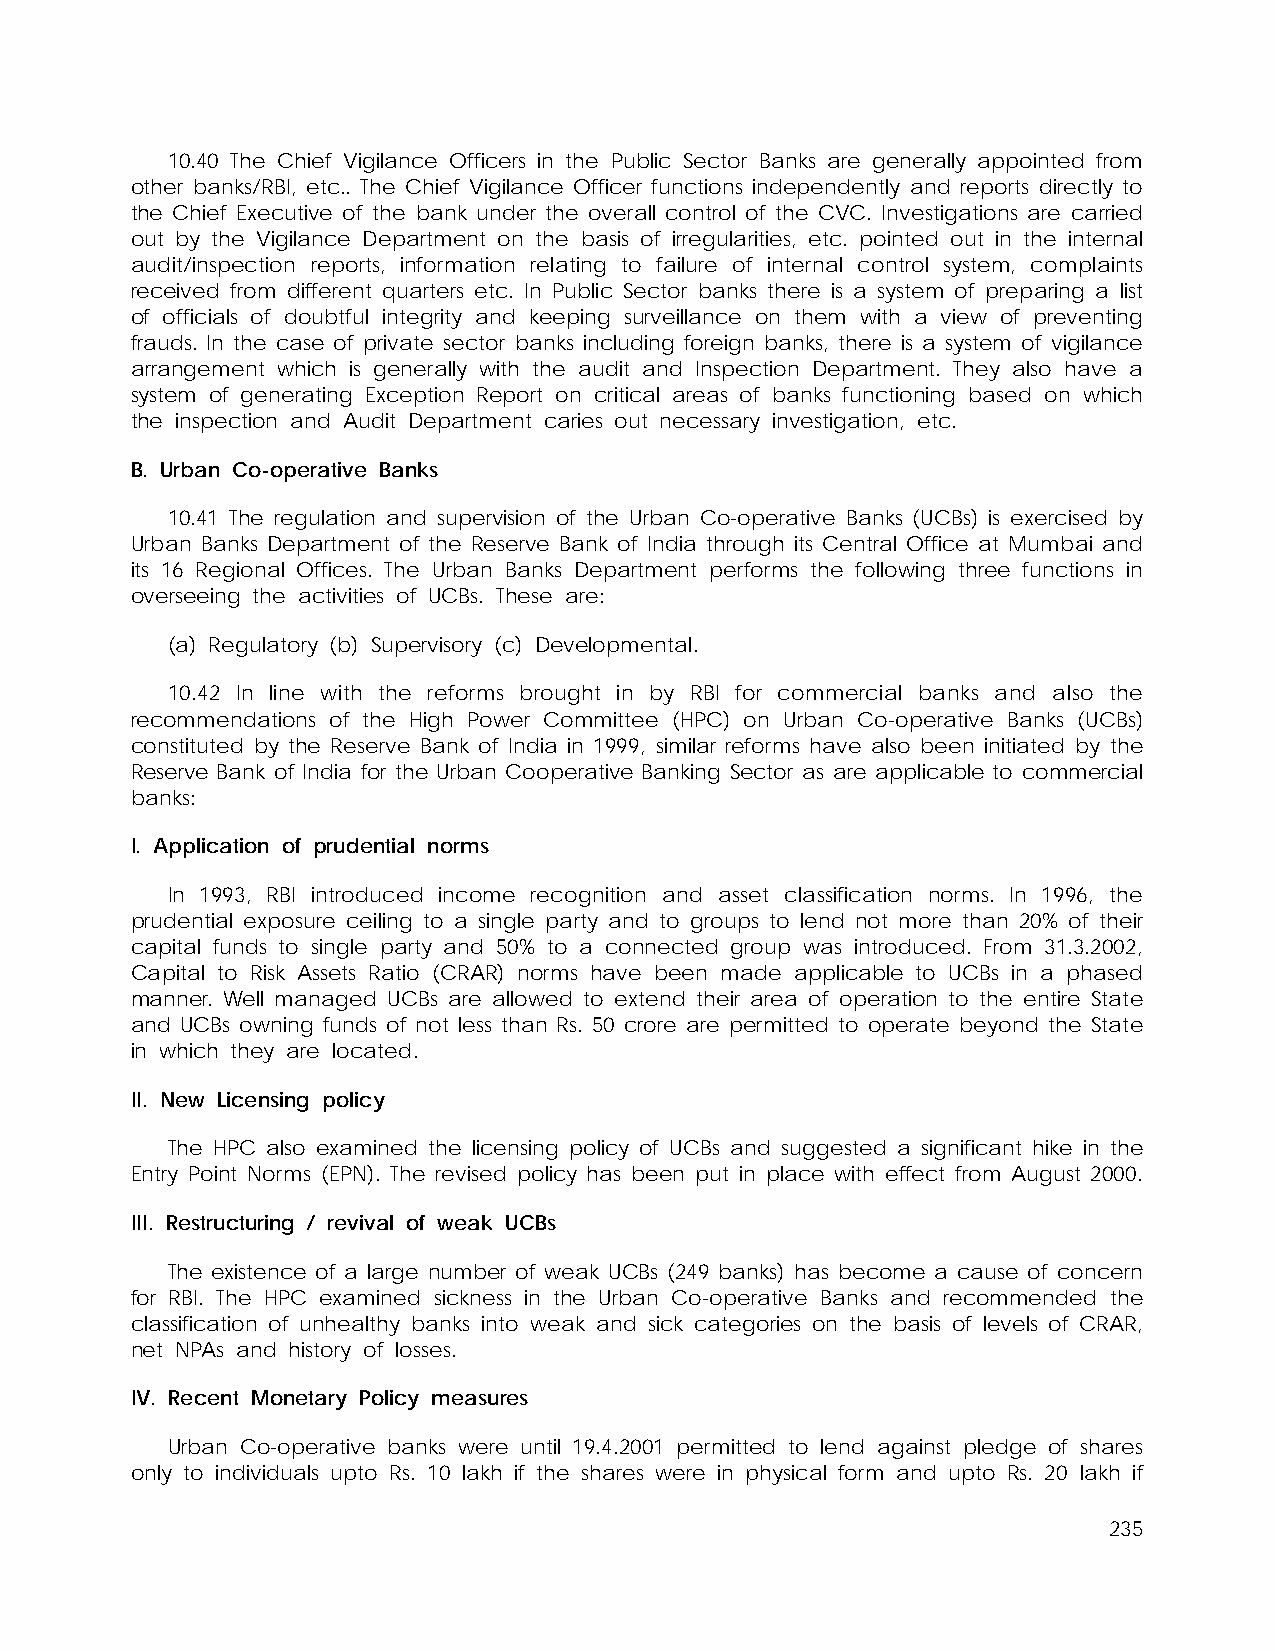
10.40 The Chief Vigilance Officers in the Public Sector Banks are generally appointed from
 other banks/RBI, etc.. The Chief Vigilance Officer functions independently and reports directly to
 the Chief Executive of the bank under the overall control of the CVC. Investigations are carried
 out by the Vigilance Department on the basis of irregularities, etc. pointed out in the internal
 audit/inspection reports, information relating to failure of internal control system, complaints
 received from different quarters etc. In Public Sector banks there is a system of preparing a list
 of officials of doubtful integrity and keeping surveillance on them with a view of preventing
 frauds. In the case of private sector banks including foreign banks, there is a system of vigilance
 arrangement which is generally with the audit and Inspection Department. They also have a
 system of generating Exception Report on critical areas of banks functioning based on which
 the inspection and Audit Department caries out necessary investigation, etc.
 B. Urban Co-operative Banks
 10.41 The regulation and supervision of the Urban Co-operative Banks (UCBs) is exercised by
 Urban Banks Department of the Reserve Bank of India through its Central Office at Mumbai and
 its 16 Regional Offices. The Urban Banks Department performs the following three functions in
 overseeing the activities of UCBs. These are:
 (a) Regulatory (b) Supervisory (c) Developmental.
 10.42 In line with the reforms brought in by RBI for commercial banks and also the
 recommendations of the High Power Committee (HPC) on Urban Co-operative Banks (UCBs)
 constituted by the Reserve Bank of India in 1999, similar reforms have also been initiated by the
 Reserve Bank of India for the Urban Cooperative Banking Sector as are applicable to commercial
 banks:
 I. Application of prudential norms
 In 1993, RBI introduced income recognition and asset classification norms. In 1996, the
 prudential exposure ceiling to a single party and to groups to lend not more than 20% of their
 capital funds to single party and 50% to a connected group was introduced. From 31.3.2002,
 Capital to Risk Assets Ratio (CRAR) norms have been made applicable to UCBs in a phased
 manner. Well managed UCBs are allowed to extend their area of operation to the entire State
 and UCBs owning funds of not less than Rs. 50 crore are permitted to operate beyond the State
 in which they are located.
 II. New Licensing policy
 The HPC also examined the licensing policy of UCBs and suggested a significant hike in the
 Entry Point Norms (EPN). The revised policy has been put in place with effect from August 2000.
 III. Restructuring / revival of weak UCBs
 The existence of a large number of weak UCBs (249 banks) has become a cause of concern
 for RBI. The HPC examined sickness in the Urban Co-operative Banks and recommended the
 classification of unhealthy banks into weak and sick categories on the basis of levels of CRAR,
 net NPAs and history of losses.
 IV. Recent Monetary Policy measures
 Urban Co-operative banks were until 19.4.2001 permitted to lend against pledge of shares
 only to individuals upto Rs. 10 lakh if the shares were in physical form and upto Rs. 20 lakh if
 235